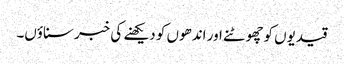
قیدیوں کوچھوٹنے اور اندھوں کو دیکھنے کی خبر سناؤں۔